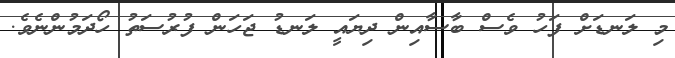
މި ލަނޑަށް ފަހު ވެސް ބާސާއިން ދިޔައީ ލަނޑު ޖަހަން ފުރުސަތު ހޯދަމުންނެވެ.